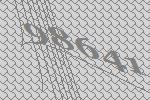
98641